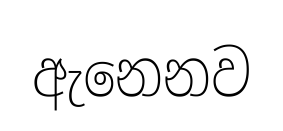
ඇනෙනව